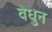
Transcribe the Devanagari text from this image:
वेधुन